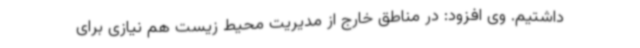
داشتیم. وی افزود: در مناطق خارج از مدیریت محیط زیست هم نیازی برای